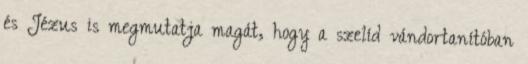
és Jézus is megmutatja magát, hogy a szelíd vándortanítóban